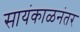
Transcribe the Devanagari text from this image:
सायंकाळनंतर